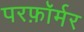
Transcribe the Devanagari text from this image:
परफ़ॉर्मर